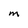
Character: M